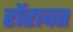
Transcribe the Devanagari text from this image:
रोंरावत